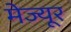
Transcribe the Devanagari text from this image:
मेज्यूर